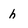
Character: h